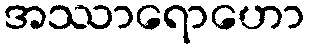
အဿာရောဟော